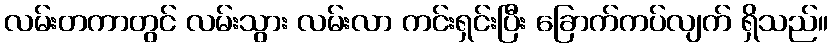
လမ်းတကာတွင် လမ်းသွား လမ်းလာ ကင်းရှင်းပြီး ခြောက်ကပ်လျက် ရှိသည်။